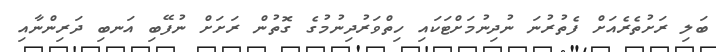
ބަލި ރަށުތެރެއަށް ފެތުރުނަ ނުދިނުމަށްޓަކައި ހިތްވަރުދިނުމުގެ ގޮތުން ރަށަށް ނުފޭބި އަނބި ދަރިންނާއި